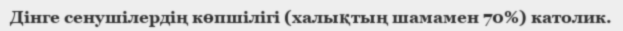
Дінге сенушілердің көпшілігі (халықтың шамамен 70%) католик.